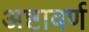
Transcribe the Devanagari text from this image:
अष्टावर्ण